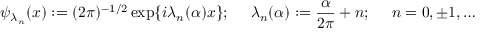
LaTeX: \psi _ { \lambda _ { n } } ( x ) : = ( 2 \pi ) ^ { - 1 / 2 } \exp \{ i \lambda _ { n } ( \alpha ) x \} ; ~ ~ ~ ~ \lambda _ { n } ( \alpha ) : = \frac { \alpha } { 2 \pi } + n ; ~ ~ ~ ~ n = 0 , \pm 1 , \ldots